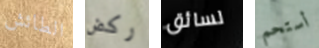
الطائش ركض لسائق أستحم